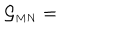
{ \cal G } _ { \scriptscriptstyle M N } =